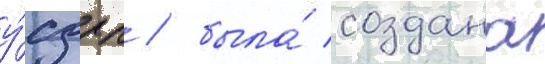
у́сдрп / была́ создана